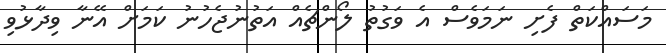
މަސައްކަތް ފެށި ނަމަވެސް އެ ވަގުތު ލޯންޗެއް އަތުނުޖެހުނު ކަމަށް އޭނާ ވިދާޅުވި